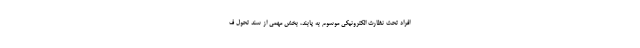
افراد تحت نظارت الکترونیکی موسوم به پابند، بخش مهمی از سند تحول ف